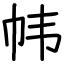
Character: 帏